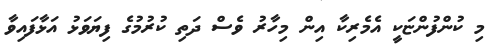
މި ކުންފުންޏަކީ އެމެރިކާ އިން މިހާރު ވެސް ދަތި ކުރުމުގެ ފިޔަވަޅު އަޅާފައިވާ